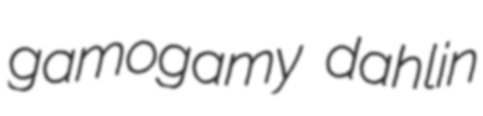
gamogamy dahlin